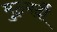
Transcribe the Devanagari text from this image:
मुठ्मर्दी